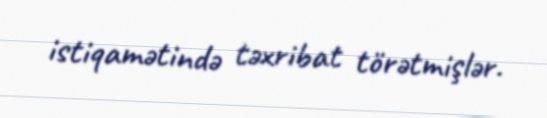
istiqamətində təxribat törətmişlər.